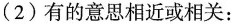
（2）有的意思相近或相关：